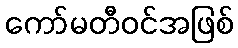
ကော်မတီဝင်အဖြစ်